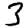
Digit: 3